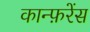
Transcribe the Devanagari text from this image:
कान्फ़रेंस